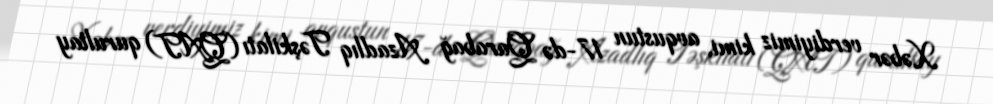
Xəbər verdiyimiz kimi, avqustun 17-də Qarabağ Azadlıq Təşkilatı (QAT) qurultay